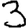
Digit: 3